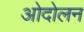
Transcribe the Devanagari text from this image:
ओदोलन